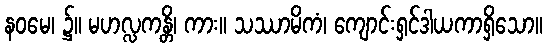
နဝမေ၊ ၌။ မဟလ္လကန္တိ၊ ကား။ သဿာမိကံ၊ ကျောင်းရှင်ဒါယကာရှိသော။